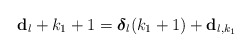
\begin{align*}\mathbf{d}_{l} + k_{1} + 1 = \boldsymbol{\delta}_{l}(k_{1}+1) + \mathbf{d}_{l,k_{1}} \end{align*}